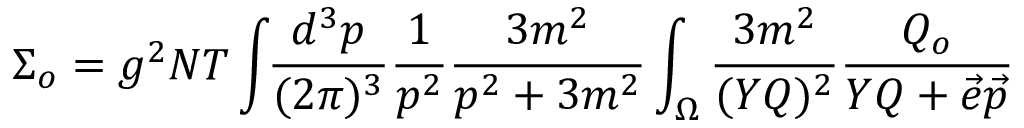
\Sigma _ { o } = g ^ { 2 } N T \int \! \! { \frac { d ^ { 3 } p } { ( 2 \pi ) ^ { 3 } } } { \frac { 1 } { p ^ { 2 } } } { \frac { 3 m ^ { 2 } } { p ^ { 2 } + 3 m ^ { 2 } } } \int _ { \Omega } { \frac { 3 m ^ { 2 } } { ( Y Q ) ^ { 2 } } } { \frac { Q _ { o } } { Y Q + \vec { e } \vec { p } } }